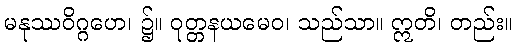
မနုဿဝိဂ္ဂဟေ၊ ၌။ ဝုတ္တနယမေဝ၊ သည်သာ။ ဣတိ၊ တည်း။